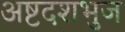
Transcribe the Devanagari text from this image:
अष्टदशभुज